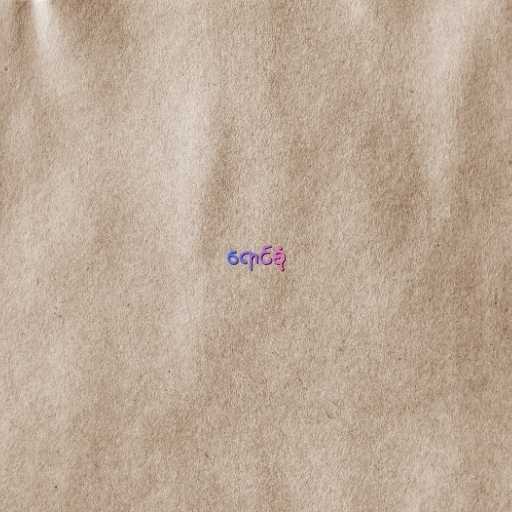
ရောင်စုံ